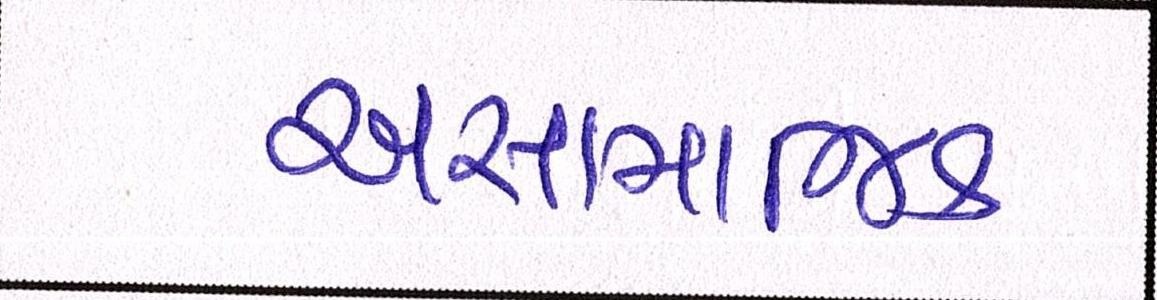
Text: અસામાજિક